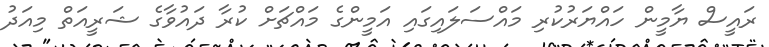
ރައީސް ޔާމީން ހައްޔަރުކުރި މައްސަލައިގައި އަމީންގެ މައްޗަށް ކުރާ ދައުވާގެ ޝަރީއަތް މިއަދު